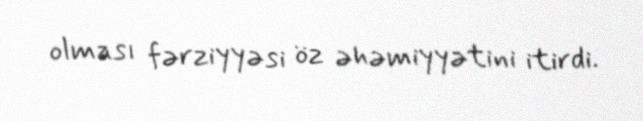
olması fərziyyəsi öz əhəmiyyətini itirdi.